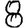
Digit: 8